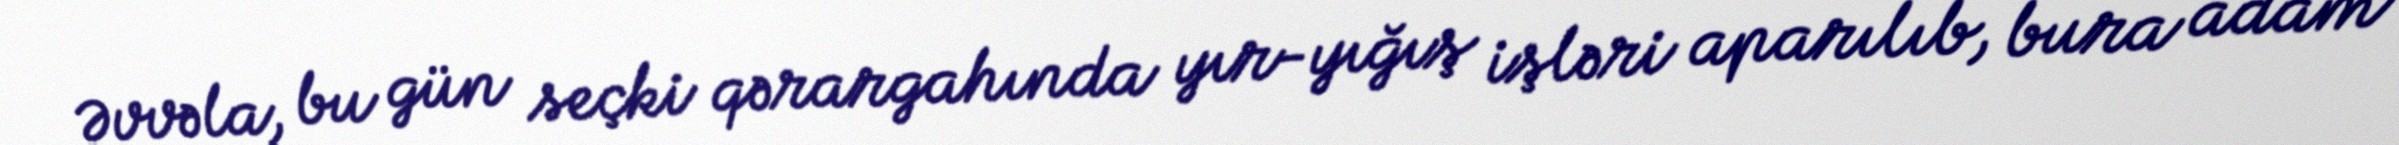
Əvvəla, bu gün seçki qərargahında yır-yığış işləri aparılıb, bura adam